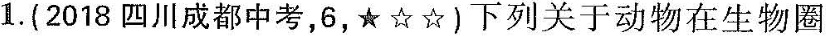
1. (2018四川成都中考，6，★☆☆)下列关于动物在生物圈